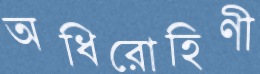
অধিরোহিণী